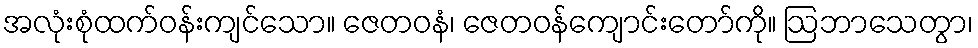
အလုံးစုံထက်ဝန်းကျင်သော။ ဇေတဝနံ၊ ဇေတဝန်ကျောင်းတော်ကို။ ဩဘာသေတွာ၊